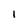
Character: i